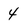
Character: 4